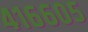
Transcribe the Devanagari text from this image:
४१६६०५